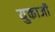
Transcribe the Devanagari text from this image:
युकाजी